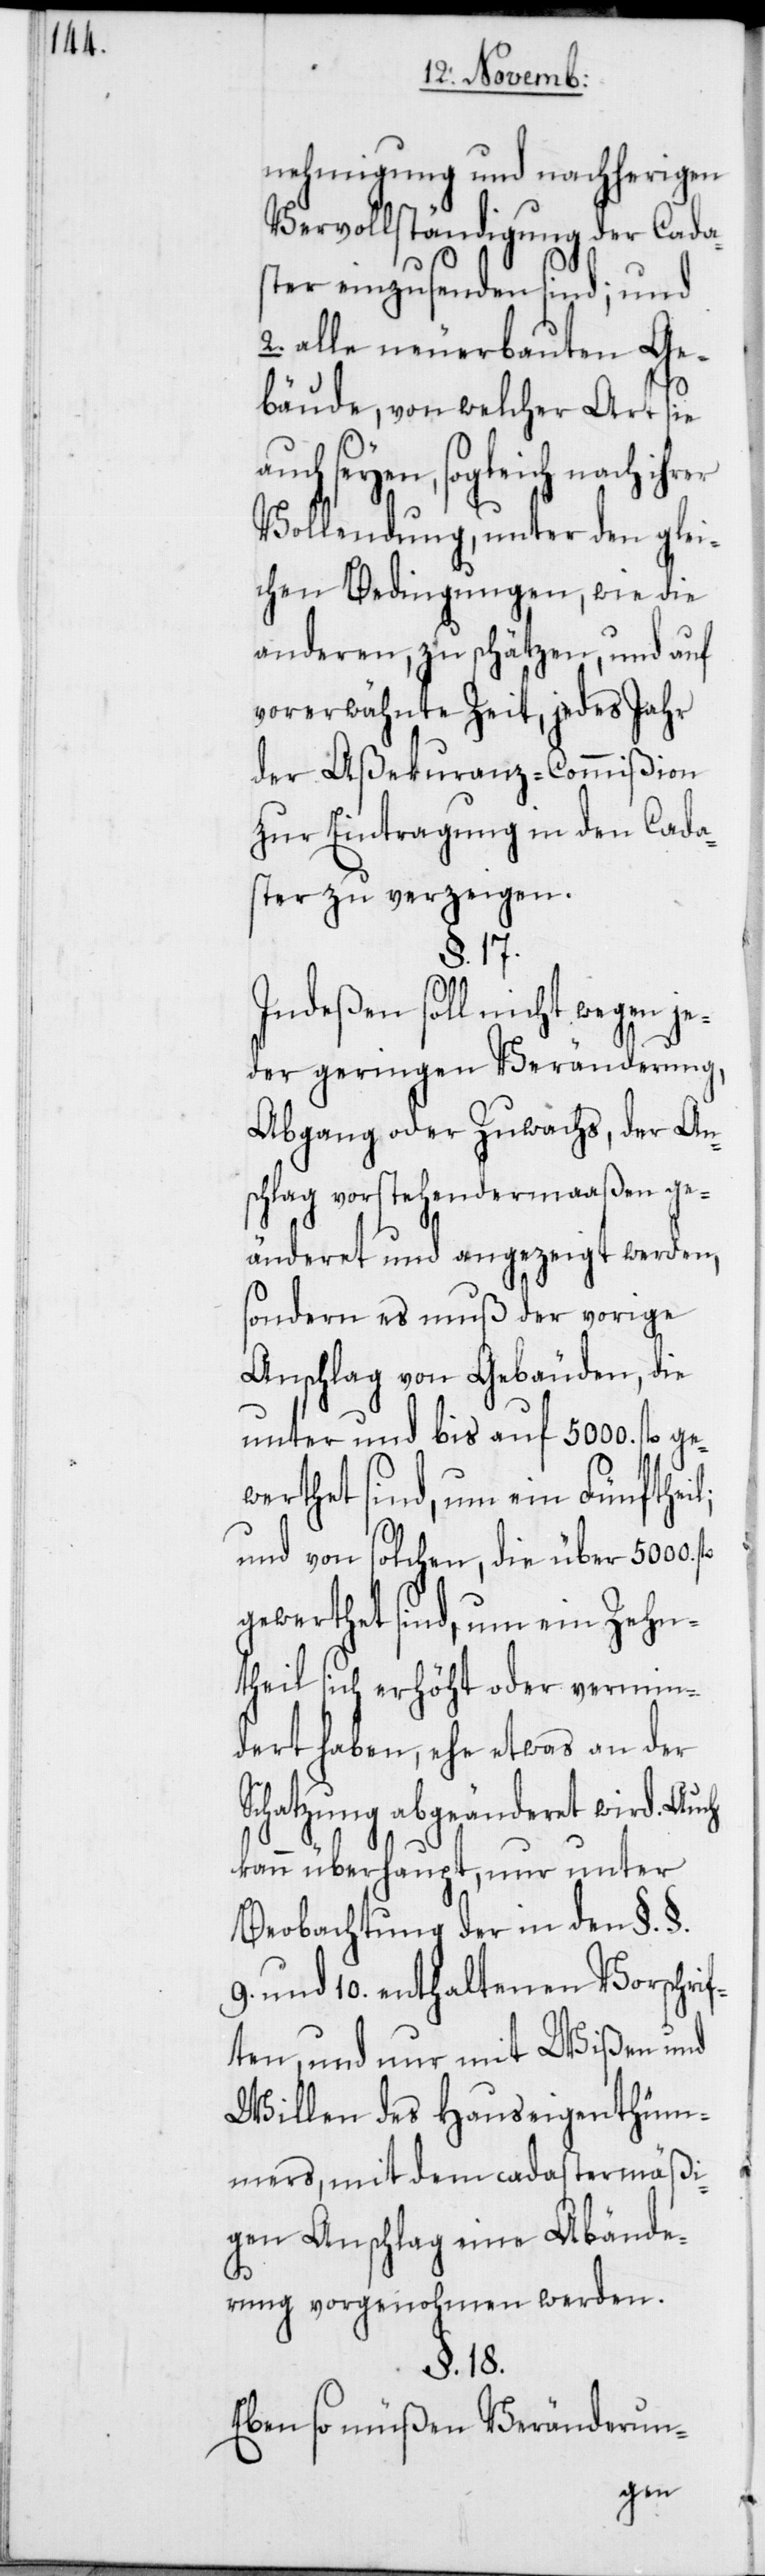
nehmigung und nachherigen
Vervollständigung der Cada¬
ster einzusenden sind; und
2. alle neuerbauten Ge¬
bäude, von welcher Art sie
seyen, sogleich nach
Vollendung, unter den glei¬
chen Bedingungen, wie die
anderen, zu schätzen, und auf
vorerwähnte Zeit, jedes Jahr
der Aßecuranz-Commißion
zur Eintragung in den Cada¬
ster zu verzeigen.
§. 17.
Indeßen soll nicht wegen je¬
der geringen Veränderung,
Abgang oder Zuwachs, der An¬
schlag vorstehendermaaßen ge¬
änderet und angezeigt werden,
sondern es muß der vorige
Anschlag von Gebäuden, die
unter und bis auf 5000. fl. ge¬
werthet sind, um ein Fünftheil;
und von solchen, die über 5000.
gewerthet sind, um ein Zehn¬
theil sich erhöht oder vermin¬
dert haben, ehe etwas an der
Schatzung abgeänderet wird. Auch
kann überhaupt, nur unter
Beobachtung der in den §. §.
9. und 10. enthaltenen Vorschrif¬
ten, und nur mit Wißen und
Willen des Hauseigenthüm¬
mers, mit dem cadastermäßi¬
gen Anschlag eine Abände¬
rung vorgenohmen werden.
§. 18.
Eben so müßen Veränderun-